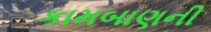
કામબાણની